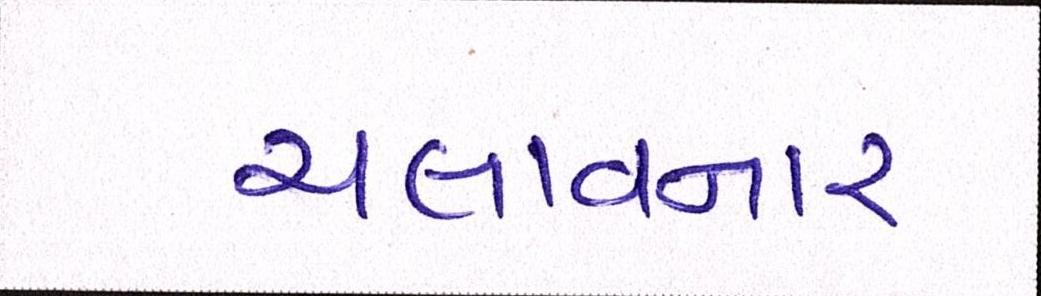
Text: ચલાવનાર